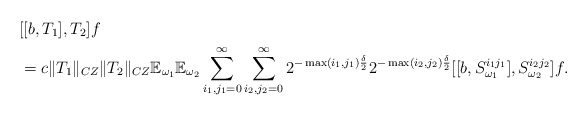
\begin{align*}&[[b,T_1],T_2]f\\&=c\|T_1\|_{CZ}\|T_2\|_{CZ}\mathbb{E}_{\omega_1}\mathbb{E}_{\omega_2}\sum_{i_1,j_1=0}^\infty\sum_{i_2,j_2=0}^\infty 2^{-\max(i_1,j_1)\frac{\delta}{2}}2^{-\max(i_2,j_2)\frac{\delta}{2}}[[b,S^{i_1j_1}_{\omega_1}],S^{i_2j_2}_{\omega_2}]f.\end{align*}